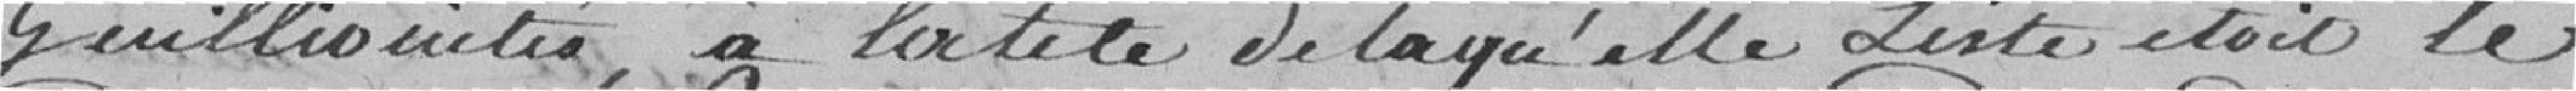
guillotinés, à la tête de laquelle liste était le